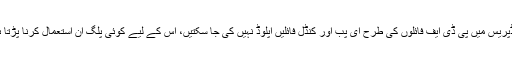
ورڈپریس میں پی ڈی ایف فائلوں کی طرح ای پب اور کنڈل فائلیں اپلوڈ نہیں کی جا سکتیں، اس کے لیے کوئی پلگ ان استعمال کرنا پڑتا ہے۔